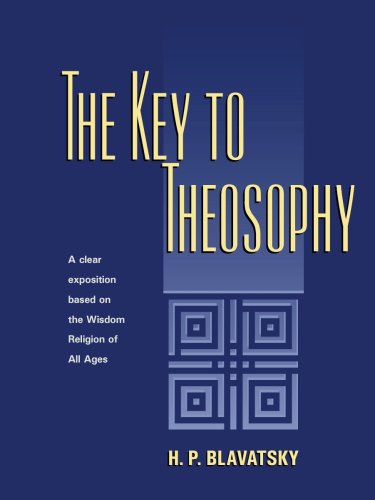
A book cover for The Key to Theosophy; Helena Petrovna Blavatsky; Religion & Spirituality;